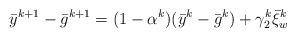
LaTeX: \begin{align*}\begin{aligned}\bar{y}^{k+1}-\bar{g}^{k+1}&=(1-\alpha^k)(\bar{y}^k-\bar{g}^k) +\gamma_2^k \bar{\xi}_w^k\end{aligned}\end{align*}